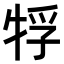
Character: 𤙤